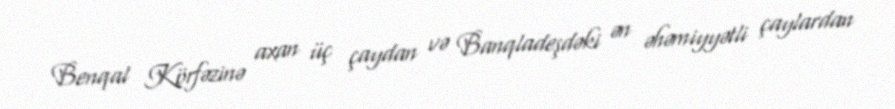
Benqal Körfəzinə axan üç çaydan və Banqladeşdəki ən əhəmiyyətli çaylardan